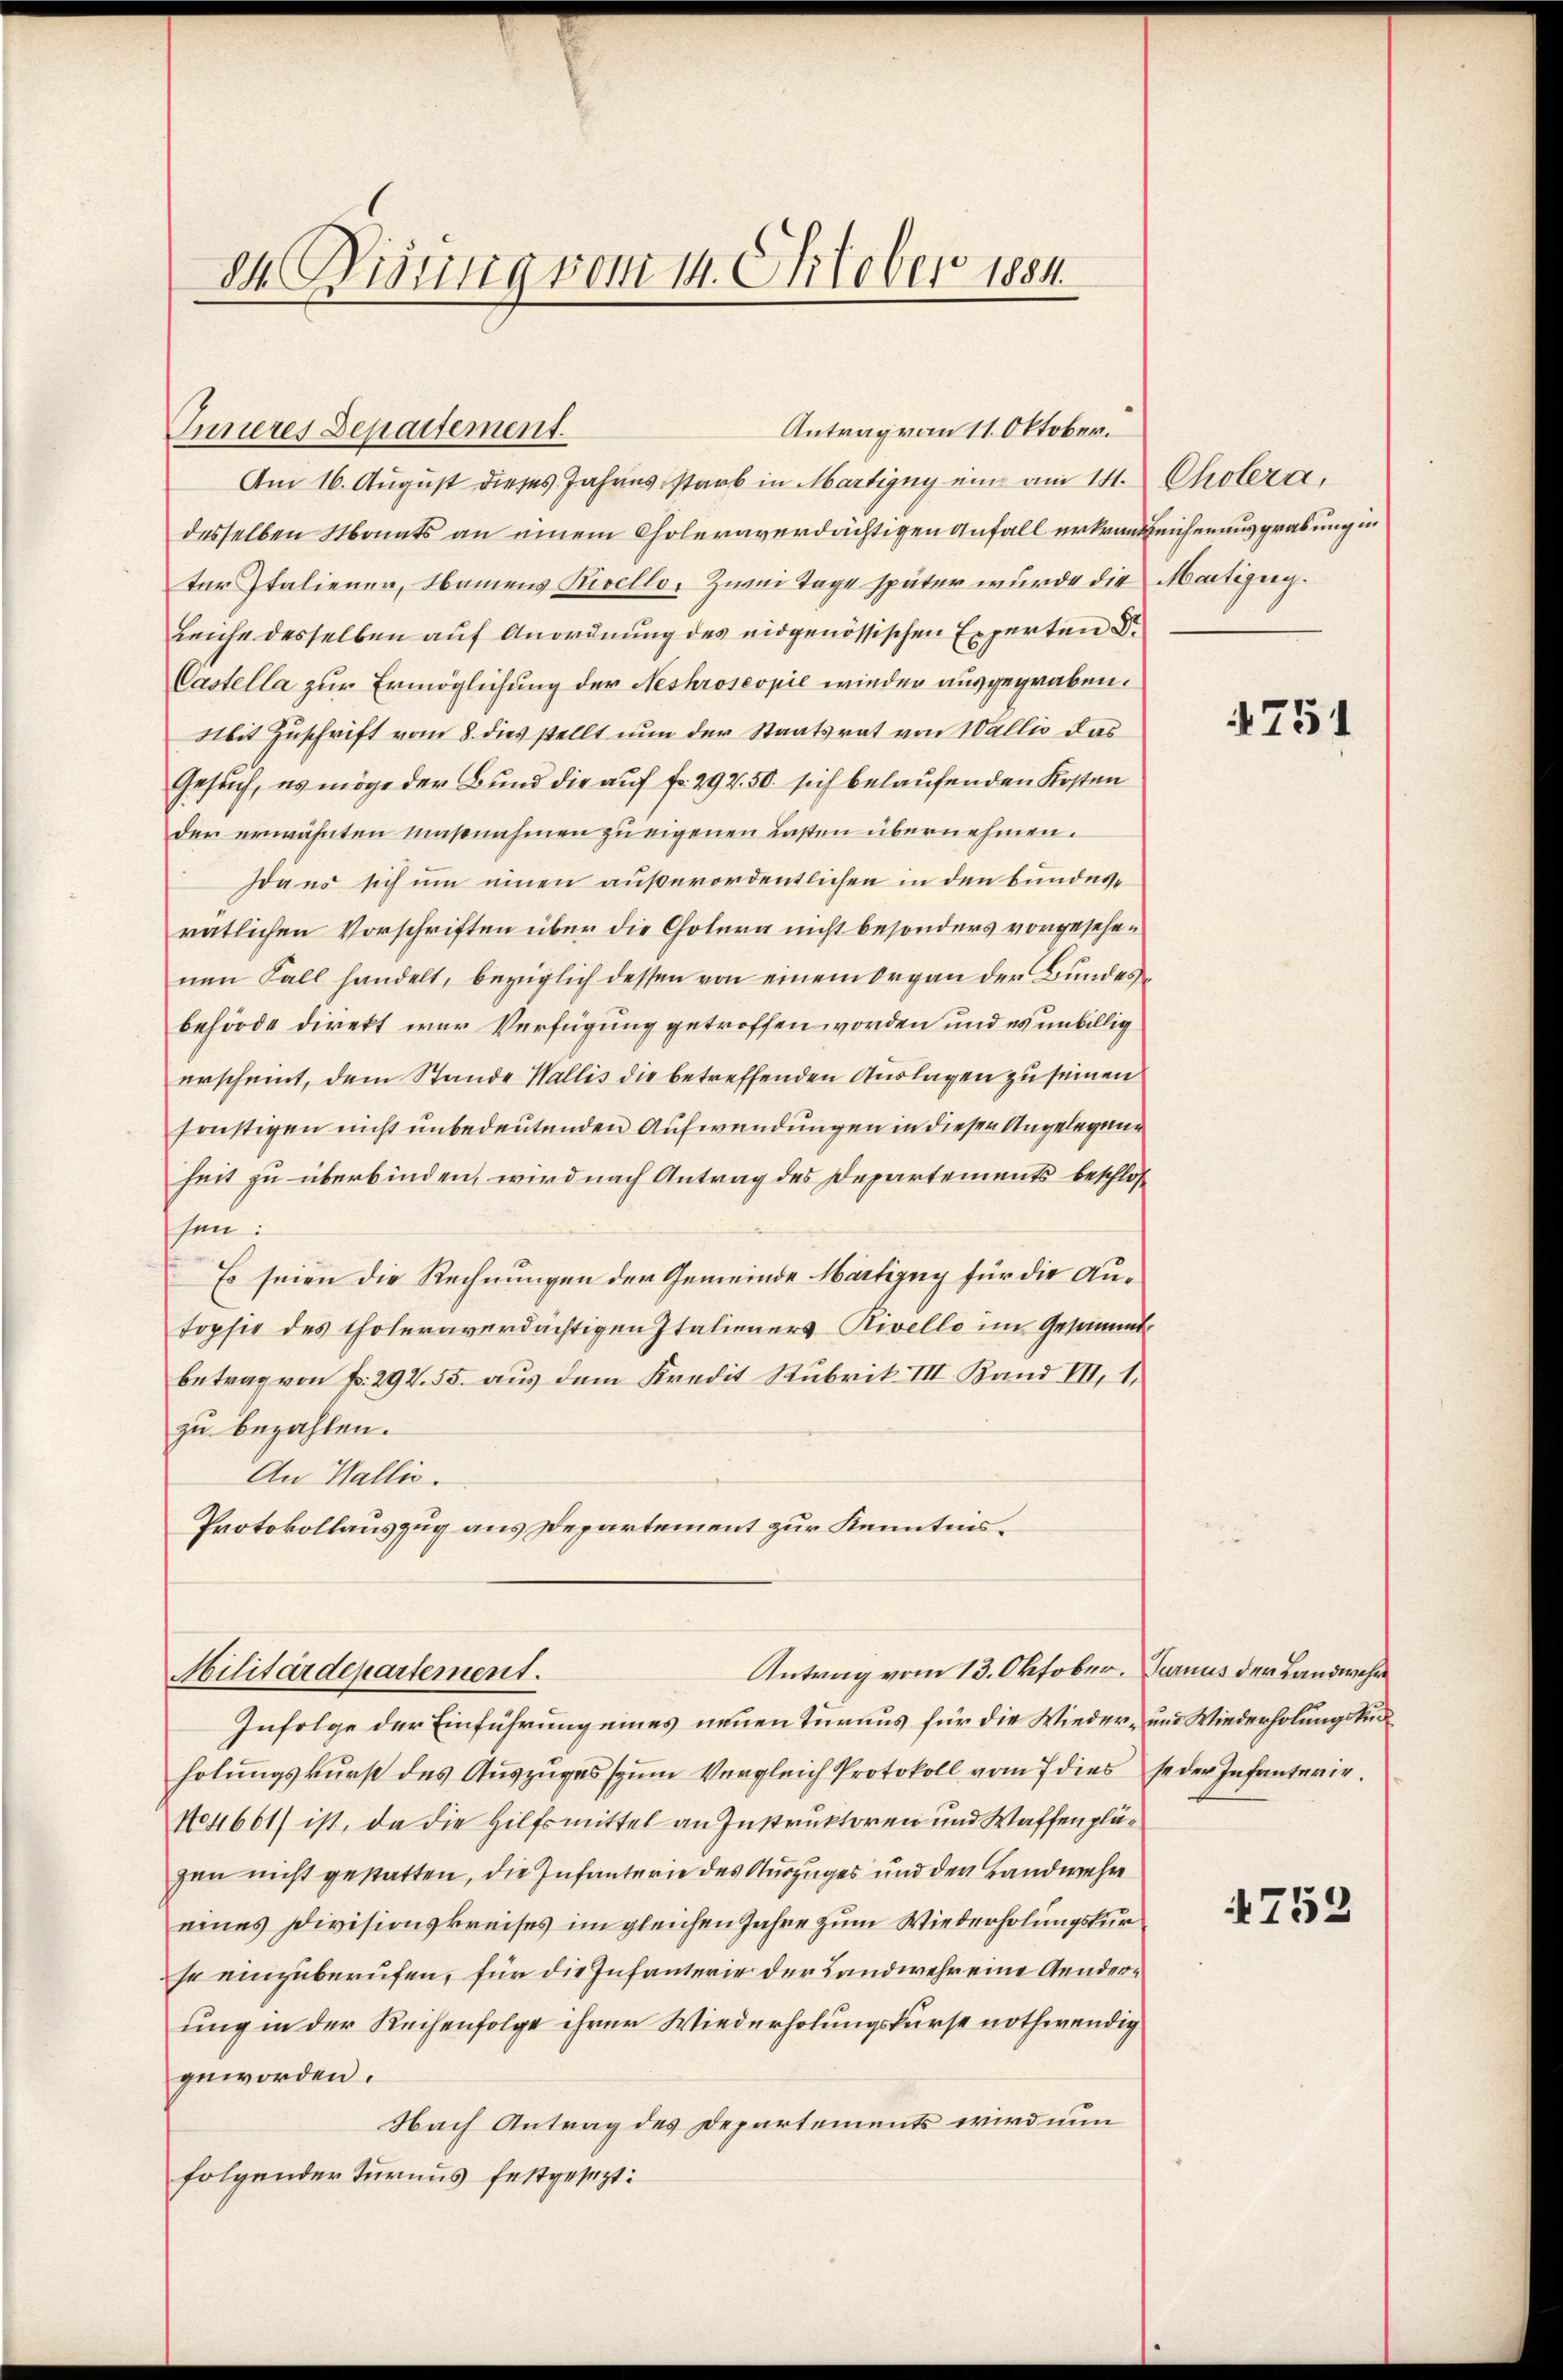
dh Visung vom 14. October 1884.

Inneres Departement.
Am 16. August dieses Jahres starb in Martigny eine am 14. Cholera,
desselben Monats an einem Choleraverdächtigen Anfall erkranzeichenausgrabung in
ter Italiener, Namens Rivello, Zwei Tage später wurde die Martizig.
Leiche desselben auf Anordnung des eidgenössischen Experten Dr
Castella zur Ermöglichung der Neshroseopie wieder ausgegraben.
Mit Zuschrift vom 8. dies stellt nun der Staatsrat von Wallis das
Gesuch, es möge der Bund die auf fr. 292. 50. sich belaufenden Kosten
der erwähnten Maßnahmen zu eigenen Lasten übernehmen.
Ida es sich um einen außerordentlichen in den bundesratlichen Vorschriften über die Cholera nicht besonders vorgesehenen Fall handelt, bezüglich dessen von einem Organ der Bundesbehörde direkt war Verfügung getroffen worden und es unbillig
erscheint, dem Stande Wallis die betreffenden Auslagen zu seinen
sonstigen nicht unbedeutenden Aufwendungen in diesen Angelegung
heit zu überbinden, wird nach Antrag des Departements beschlossen:
Es seien die Rechnungen der Gemeinde Märtigny für die Au¬
Tophie des Choleraverdächtigen Italieners Rivello im Gesammtbetrag von Fr. 292. 55. aus dem Kredit Rubrik III. Band III, 1,
zu bezahlen.
An Wallis.
Protokollauszug aus Departement zur Kenntnis¬
Antrag vom 13. Oktober. Turnus der Landwehr
Militärdepartement.
Infolge der Einführung eines neuen Turaus für die Wieder- und Wiederholungskur
holŭngskŭrst des Aŭszŭges zŭm Vergleich Protokoll vom 7 dies se der Infanterie.
No4661) ist, da die Hilfsmittel an Instruktoren und Waffenplägen nicht gestatten, die Infanterie des Auszuges und der Landwehr
eines Divisionskreises im gleichen Jahre zum Wiederholungskur
se einzuberufen, für die Infanterie der Landwehr eine Aenderung in der Reihenfolge ihrer Wiederholungskurse nothwendig
geworden.
Nach Antrag des Departements wird nun
folgender Turnus festgesezt:

Antrag von 11. Oktober.

4751

759